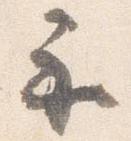
示